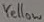
Text: Yellow